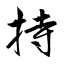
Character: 持